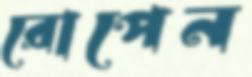
রোপেন